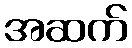
အဆက်